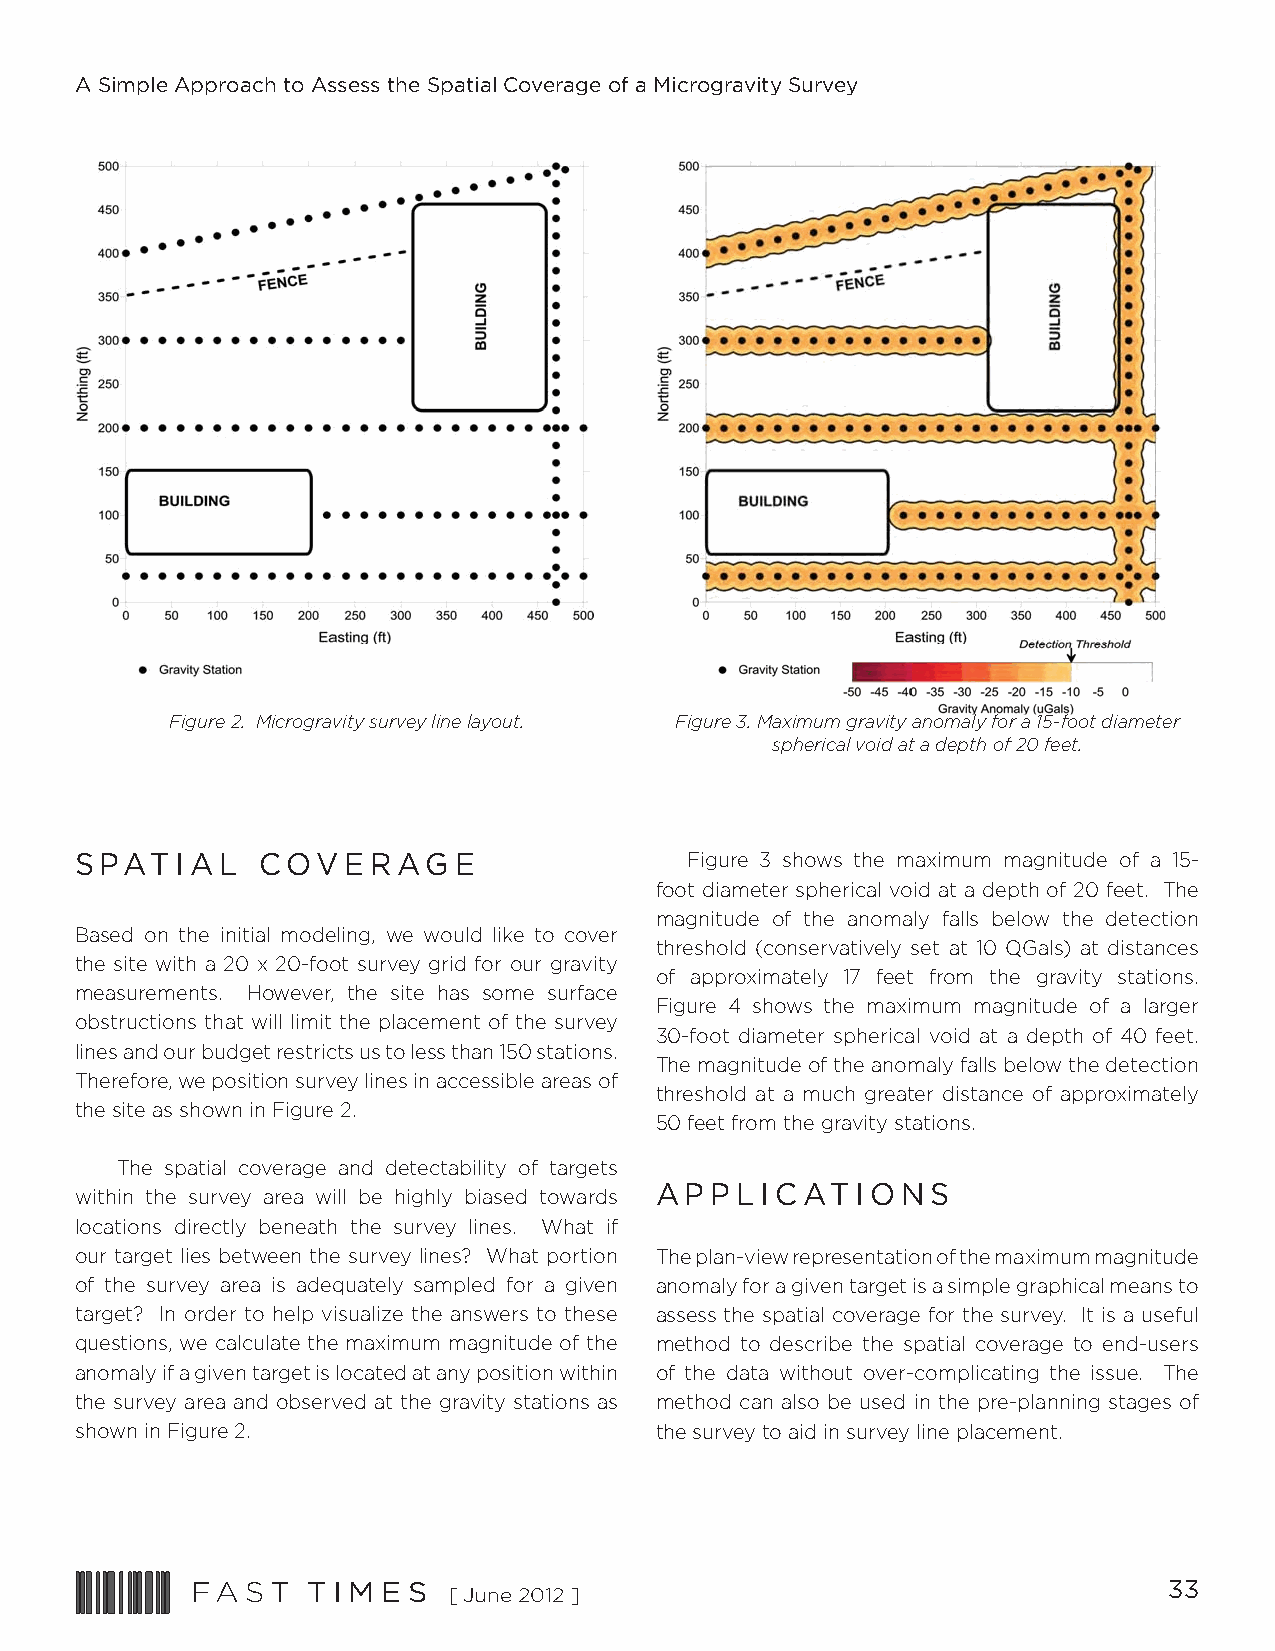
A Simple Approach to Assess the Spatial Coverage of a Microgravity Survey
 Figure 2. Microgravity survey line layout. Figure 3. Maximum gravity anomaly for a 15-foot diameter
 spherical void at a depth of 20 feet.
 SPATIAL     COVERAGE
 Figure 3 shows the maximum magnitude of a 15-
 foot diameter spherical void at a depth of 20 feet. The
 magnitude of the anomaly falls below the detection
 Based on the initial modeling, we would like to cover
 threshold (conservatively set at 10 μGals) at distances
 the site with a 20 x 20-foot survey grid for our gravity
 of approximately 17 feet from the gravity stations.
 measurements. However, the site has some surface
 Figure 4 shows the maximum magnitude of a larger
 obstructions that will limit the placement of the survey
 30-foot diameter spherical void at a depth of 40 feet.
 lines and our budget restricts us to less than 150 stations.
 The magnitude of the anomaly falls below the detection
 Therefore, we position survey lines in accessible areas of
 threshold at a much greater distance of approximately
 the site as shown in Figure 2.
 50 feet from the gravity stations.
 The spatial coverage and detectability of targets
 APPLICATIONS
 within the survey area will be highly biased towards
 locations directly beneath the survey lines. What if
 our target lies between the survey lines? What portion The plan-view representation of the maximum magnitude
 of the survey area is adequately sampled for a given anomaly for a given target is a simple graphical means to
 target? In order to help visualize the answers to these assess the spatial coverage for the survey. It is a useful
 questions, we calculate the maximum magnitude of the method to describe the spatial coverage to end-users
 anomaly if a given target is located at any position within of the data without over-complicating the issue. The
 the survey area and observed at the gravity stations as method can also be used in the pre-planning stages of
 shown in Figure 2.                    the survey to aid in survey line placement.
 FAST   T I M E S                                                33
 [June 2012 ]